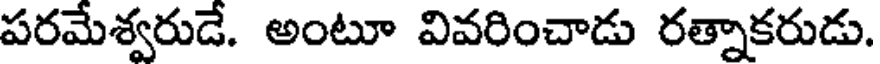
పరమేశ్వరుడే. అంటూ వివరించాడు రత్నాకరుడు.